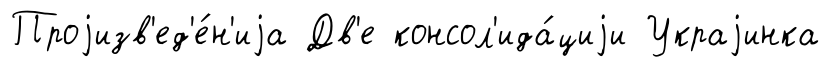
Проjизв'ед'е́н'иjа Дв'е консол'ида́циjи Украjинка